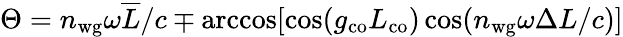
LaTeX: \Theta=n_{\mathrm{wg}}\omega\overline{{L}}/c\mp\operatorname{arccos}[\cos(g_{\mathrm{co}}L_{\mathrm{co}})\cos(n_{\mathrm{wg}}\omega\Delta L/c)]